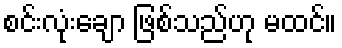
စင်းလုံးချော ဖြစ်သည်ဟု မထင်။